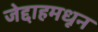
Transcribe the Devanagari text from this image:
जेद्दाहमधून